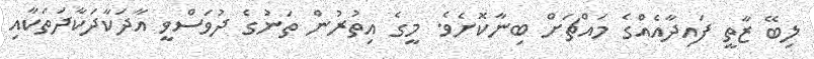
ލިބޭ ޒާތީ ފައިދާއެއްގެ މައްޗަށް ބިނާކޮށެވެ. މީގެ އިތުރުން ތަނުގެ ދުވަސްވީ އާދަކާދަކާދަތަކާއި